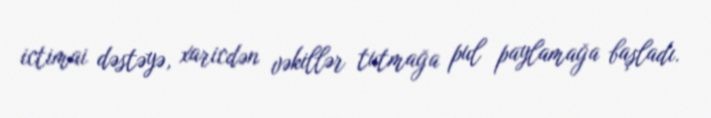
ictimai dəstəyə, xaricdən vəkillər tutmağa pul paylamağa başladı.